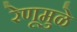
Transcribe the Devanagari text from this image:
रेणूमुळे